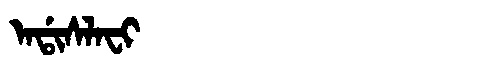
Manchu: ᠠᡩᡳᠰᠯᠠᠸᡳ
Romanization: ADISLAFI